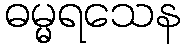
ဓမ္မရသေန